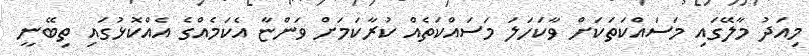
މިއަދު މާލޭގައި މަސައްކަތަކަށް ވާކަހަލަ މަސައްކަތެއް ކުރާކަމަށް ވަންޏާ އެކަމެއްގެ އެއްކޮޅުގައި ތިބޭނީ